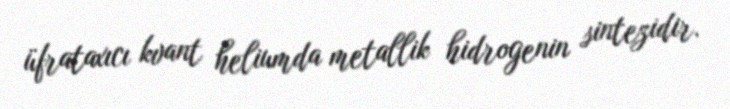
üfrataxıcı kvant heliumda metallik hidrogenin sintezidir.